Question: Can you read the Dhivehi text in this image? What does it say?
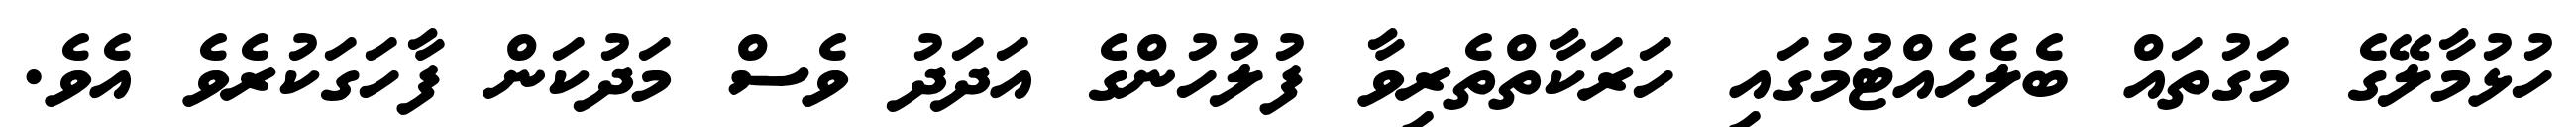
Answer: ހުޅުމާލޭގެ މަގުތައް ބެލެހެއްޓުމުގައި ހަރަކާތްތެރިވާ ފުލުހުންގެ އަދަދު ވެސް މަދުކަން ފާހަގަކުރެވެ އެވެ.